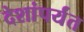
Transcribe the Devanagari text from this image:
देशांपर्यंत